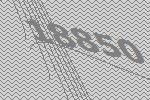
18850